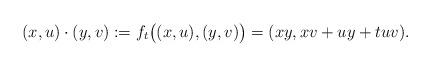
LaTeX: \begin{align*}(x,u) \cdot (y,v) := f_t\bigl( (x,u),(y,v) \bigr) = (xy, xv + uy + t uv) .\end{align*}